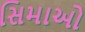
સિમાઓ